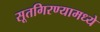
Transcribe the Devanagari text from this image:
सूतगिरण्यामध्ये